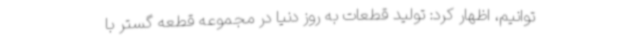
توانیم، اظهار کرد: تولید قطعات به روز دنیا در مجموعه قطعه گستر با